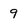
Character: 9